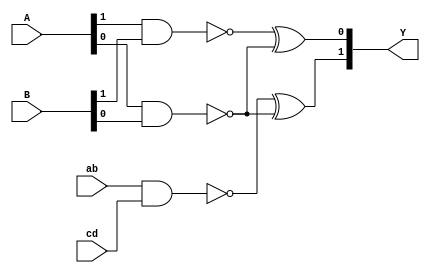
module GF_MULS_SCL_2 ( A, ab, B, cd, Y );
    input [1:0] A;
    input ab;
    input [1:0] B;
    input cd;
    output [1:0] Y;
    wire t, p, q;
    assign t = ~(A[0] & B[0]); 
    assign p = (~(ab & cd)) ^ t;
    assign q = (~(A[1] & B[1])) ^ t;
    assign Y = { p, q };
endmodule